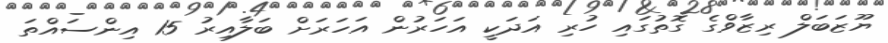
ޔޫޒަބަލް ރިޒާވްގެ ގޮތުގައި ހުރި އަދަކީ އަހަރުން އަހަރަށް ބަލާއިރު 15 އިންސައްތަ